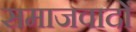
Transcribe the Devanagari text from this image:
समाजवादों